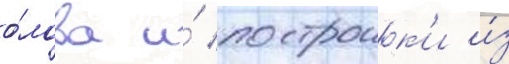
о́лова и́ построик'и и́з